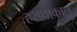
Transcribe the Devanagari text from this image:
हरप्पाकाल